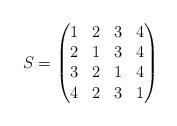
LaTeX: \begin{align*}S=\begin{pmatrix}1 & 2 & 3 & 4\\2 & 1 & 3 & 4\\3 & 2 & 1 & 4\\4 & 2 & 3 & 1\end{pmatrix}\end{align*}